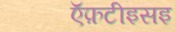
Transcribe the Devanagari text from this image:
ऍफ़टीइसइ